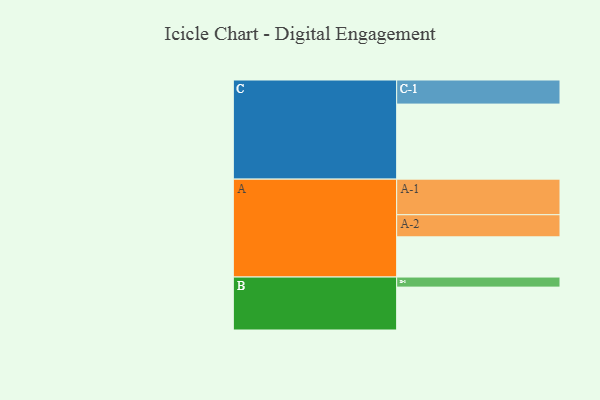
{"axis": {"x": "Segment", "y": "Value"}, "legend": ["", "A", "B", "C"], "data": [{"x": "A", "y": 304, "type": ""}, {"x": "B", "y": 324, "type": ""}, {"x": "C", "y": 567, "type": ""}, {"x": "A-1", "y": 269, "type": "A"}, {"x": "A-2", "y": 167, "type": "A"}, {"x": "B-1", "y": 76, "type": "B"}, {"x": "C-1", "y": 182, "type": "C"}]}